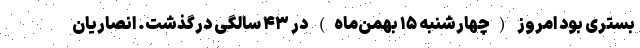
بستری بود امروز (چهارشنبه ۱۵ بهمن‌ماه) در ۴۳ سالگی درگذشت. انصاریان